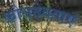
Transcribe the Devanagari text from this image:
क्रोधदेवताएं